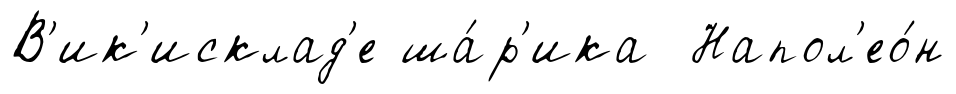
В'ик'исклад'е ша́р'ика Напол'ео́н